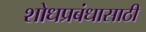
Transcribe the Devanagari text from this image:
शोधप्रबंधासाठी